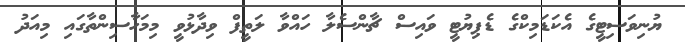
ޔުނިވަސިޓީގެ އެކަޑަމިކްގެ ޑެޕިޔުޓީ ވައިސް ޗާންސެލާ ހައްވާ ލަތީފް ވިދާޅުވީ މިމަހާސިންތާގައި މިއަދު